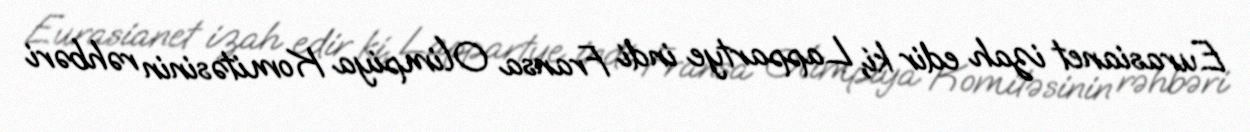
Eurasianet izah edir ki, Lappartye indi Fransa Olimpiya Komitəsinin rəhbəri